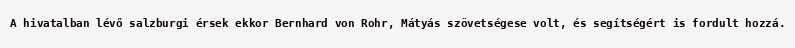
A hivatalban lévő salzburgi érsek ekkor Bernhard von Rohr, Mátyás szövetségese volt, és segítségért is fordult hozzá.